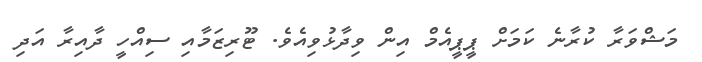
މަޝްވަރާ ކުރާނެ ކަމަށް ޕީޕީއެމް އިން ވިދާޅުވިއެވެ. ޓޫރިޒަމާއި ސިއްހީ ދާއިރާ އަދި